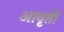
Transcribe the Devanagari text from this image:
आवृर्ती